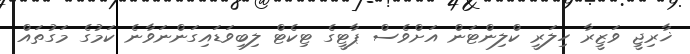
ޚާރިޖީ ވަޒީރާ ހިލަރީ ކްލިންޓަން އަށްވެސް ޕާޓީގެ ޓިކެޓް ލިބިވަޑައިގަންނަވާނެ ކަމުގެ މަގުތައް